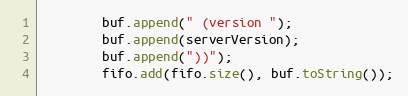
Language: Java
        buf.append(" (version ");
        buf.append(serverVersion);
        buf.append("))");
        fifo.add(fifo.size(), buf.toString());